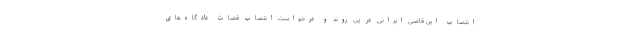
انتصاب این قاضی ایرانی در پی روند و درخواست انتصاب قضات دادگاه‌های